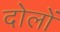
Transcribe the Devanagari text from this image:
दोलों